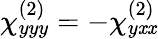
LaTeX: \chi_{yyy}^{(2)}=-\chi_{y\mathit{x}\mathit{x}}^{(2)}